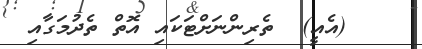
٣    (އެއީ)  ތެރިންނަށްޓަކައި އޮތް ތެދުމަގާއި